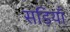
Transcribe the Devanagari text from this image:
सड़ियाँ